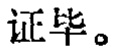
证毕。